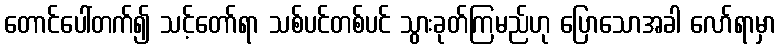
တောင်ပေါ်တက်၍ သင့်တော်ရာ သစ်ပင်တစ်ပင် သွားခုတ်ကြမည်ဟု ပြောသောအခါ လော်ရာမှာ